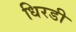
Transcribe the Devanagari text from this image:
धिरडी